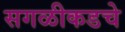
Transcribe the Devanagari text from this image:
सगळीकडचे